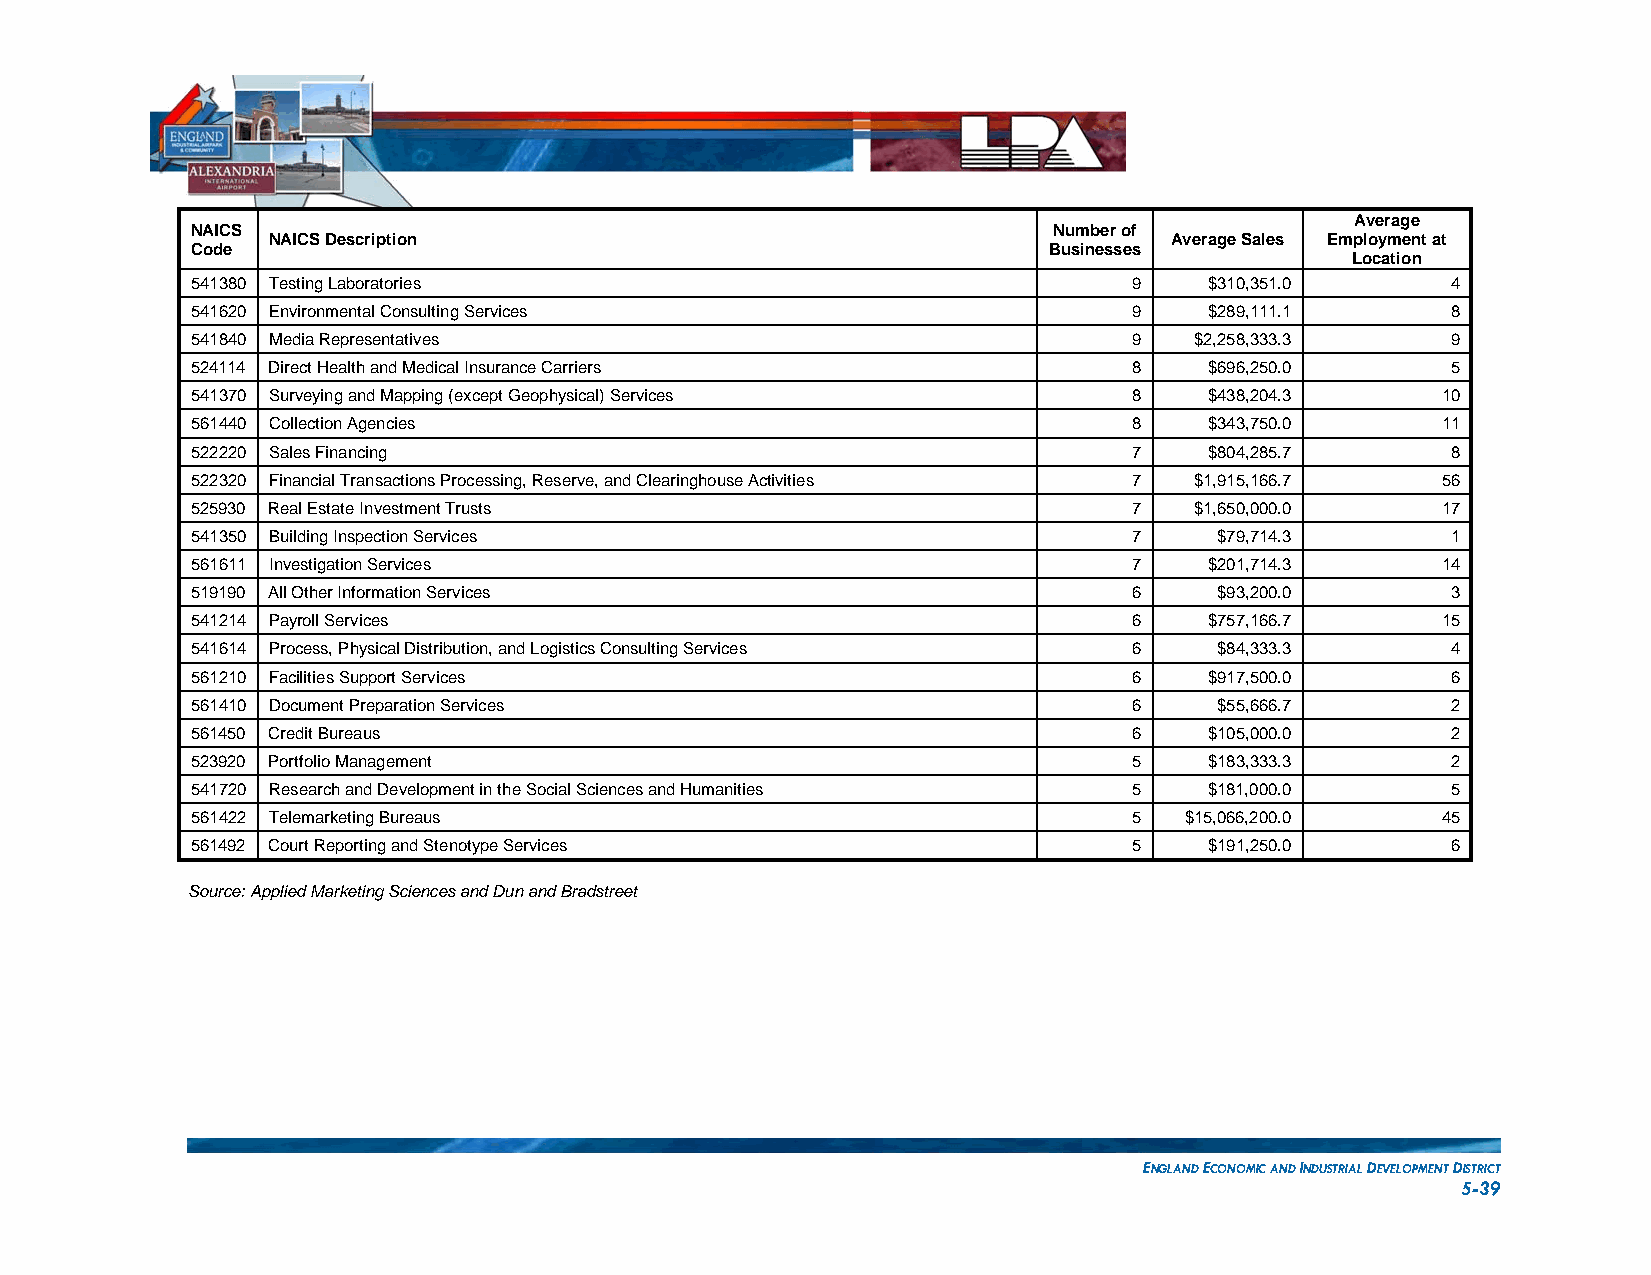
Average
 NAICS                                                    Number of
 NAICS Description                                          Average Sales Employment at
 Code                                                    Businesses
 Location
 541380 Testing Laboratories                                   9    $310,351.0      4
 541620 Environmental Consulting Services                      9    $289,111.1      8
 541840 Media Representatives                                  9   $2,258,333.3     9
 524114 Direct Health and Medical Insurance Carriers           8    $696,250.0      5
 541370 Surveying and Mapping (except Geophysical) Services    8    $438,204.3     10
 561440 Collection Agencies                                    8    $343,750.0     11
 522220 Sales Financing                                        7    $804,285.7      8
 522320 Financial Transactions Processing, Reserve, and Clearinghouse Activities 7 $1,915,166.7 56
 525930 Real Estate Investment Trusts                          7   $1,650,000.0    17
 541350 Building Inspection Services                           7     $79,714.3      1
 561611 Investigation Services                                 7    $201,714.3     14
 519190 All Other Information Services                         6     $93,200.0      3
 541214 Payroll Services                                       6    $757,166.7     15
 541614 Process, Physical Distribution, and Logistics Consulting Services 6 $84,333.3 4
 561210 Facilities Support Services                            6    $917,500.0      6
 561410 Document Preparation Services                          6     $55,666.7      2
 561450 Credit Bureaus                                         6    $105,000.0      2
 523920 Portfolio Management                                   5    $183,333.3      2
 541720 Research and Development in the Social Sciences and Humanities 5 $181,000.0 5
 561422 Telemarketing Bureaus                                  5  $15,066,200.0    45
 561492 Court Reporting and Stenotype Services                 5    $191,250.0      6
 Source: Applied Marketing Sciences and Dun and Bradstreet
 ENGLAND ECONOMIC AND INDUSTRIAL DEVELOPMENT DISTRICT
 5-39